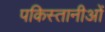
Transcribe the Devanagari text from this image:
पकिस्तानीओं